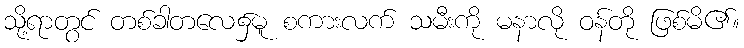
သို့ရာတွင် တစ်ခါတလေ၌မူ စကားလက် သမီးကို မနာလို ဝန်တို ဖြစ်မိ၏။